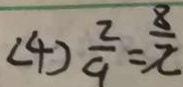
( 4 ) \frac { 2 } { 9 } = \frac { 8 } { x }